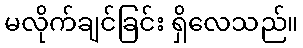
မလိုက်ချင်ခြင်း ရှိလေသည်။